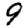
Digit: 9